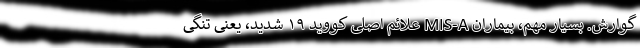
گوارش. بسیار مهم، بیماران MIS-A علائم اصلی کووید ۱۹ شدید، یعنی تنگی